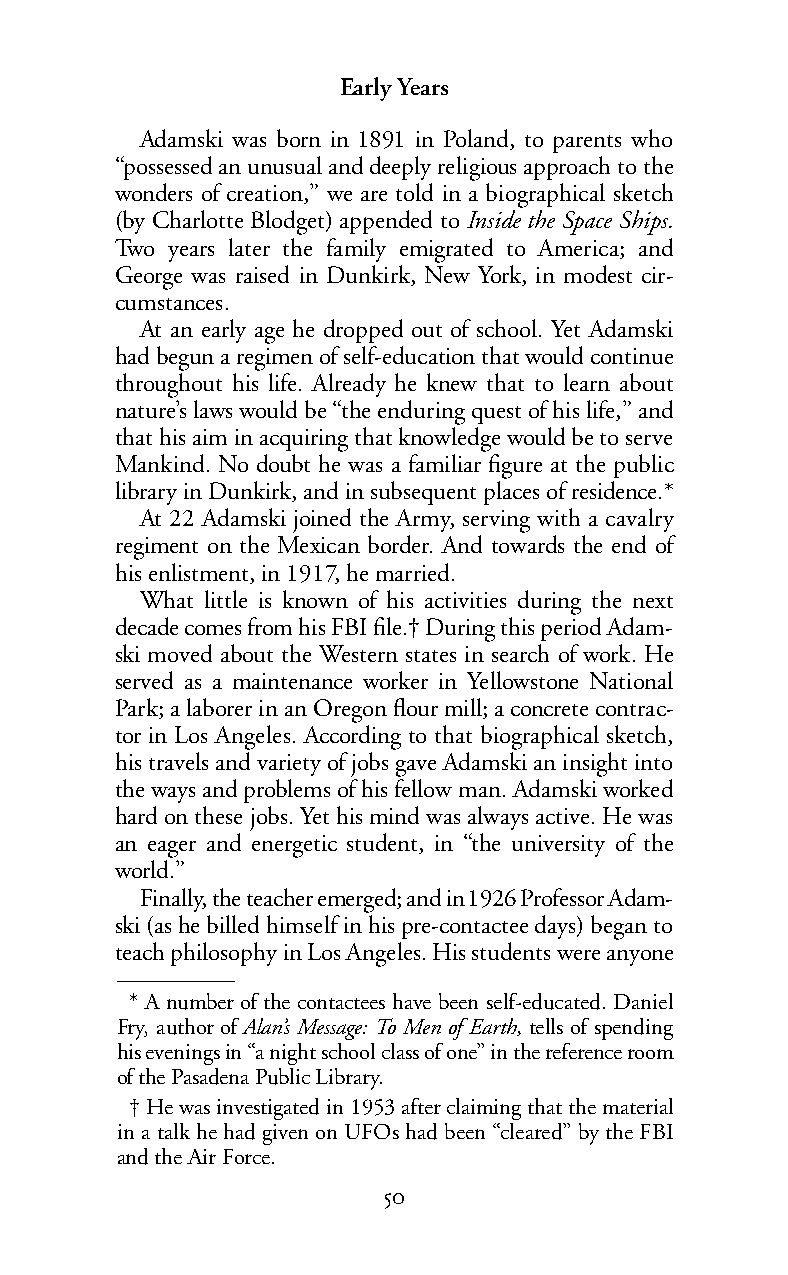
Early Years
 Adamski was born in 1891 in Poland, to parents who
 “possessed an unusual and deeply religious approach to the
 wonders of creation,” we are told in a biographical sketch
 (by Charlotte Blodget) appended toInside the Space Ships.
 Two years later the family emigrated to America; and
 George was raised in Dunkirk, New York, in modest cir-
 cumstances.
 At an early age he dropped out of school. Yet Adamski
 hadbegun a regimen of self-education that would continue
 throughout his life. Already he knew that to learn about
 nature’s laws would be “the enduring quest of his life,” and
 that his aim in acquiring that knowledge would be to serve
 Mankind. No doubt he was a familiar figure at the public
 library in Dunkirk, and in subsequent places of residence.*
 At 22 Adamski joined the Army, serving with a cavalry
 regiment on the Mexican border. And towards the end of
 his enlistment, in 1917, he married.
 What little is known of his activities during the next
 decade comes from his FBI file.† During this period Adam-
 ski moved about the Western states in search of work. He
 served as a maintenance worker in Yellowstone National
 Park; a laborer in an Oregon flour mill; a concrete contrac-
 tor in Los Angeles. According to that biographical sketch,
 his travels and variety of jobs gave Adamski an insight into
 theways andproblems of his fellow man. Adamski worked
 hard on these jobs. Yet his mind was always active. He was
 an eager and energetic student, in “the university of the
 world.”
 Finally,the teacher emerged; and in1926 Professor Adam-
 ski (as he billed himself in his pre-contactee days) began to
 teach philosophy in Los Angeles. His students were anyone
 * A number of the contactees have been self-educated. Daniel
 Fry, author ofAlan’s Message: To Men of Earth, tells of spending
 his evenings in “a night school class of one” in the reference room
 of the Pasadena Public Library.
 †He was investigated in 1953 after claiming that the material
 in a talk he had given on UFOs had been “cleared” by the FBI
 and the Air Force.
 